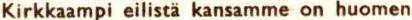
Kirkkaampi eilistä kansamme on huomen